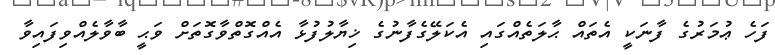
ފަހެ ޢުމަރުގެ ފާނަކީ އެތައް ޙާލަތެއްގައި އެކަލޭގެފާނުގެ ޚިޔާލުފުޅާ އެއްގޮތްވާގޮތަށް ވަޙީ ބާވާލެއްވިފައިވާ